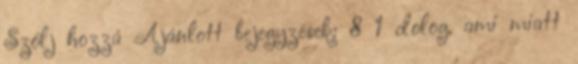
Szólj hozzá Ajánlott bejegyzések: 8 1 dolog, ami miatt